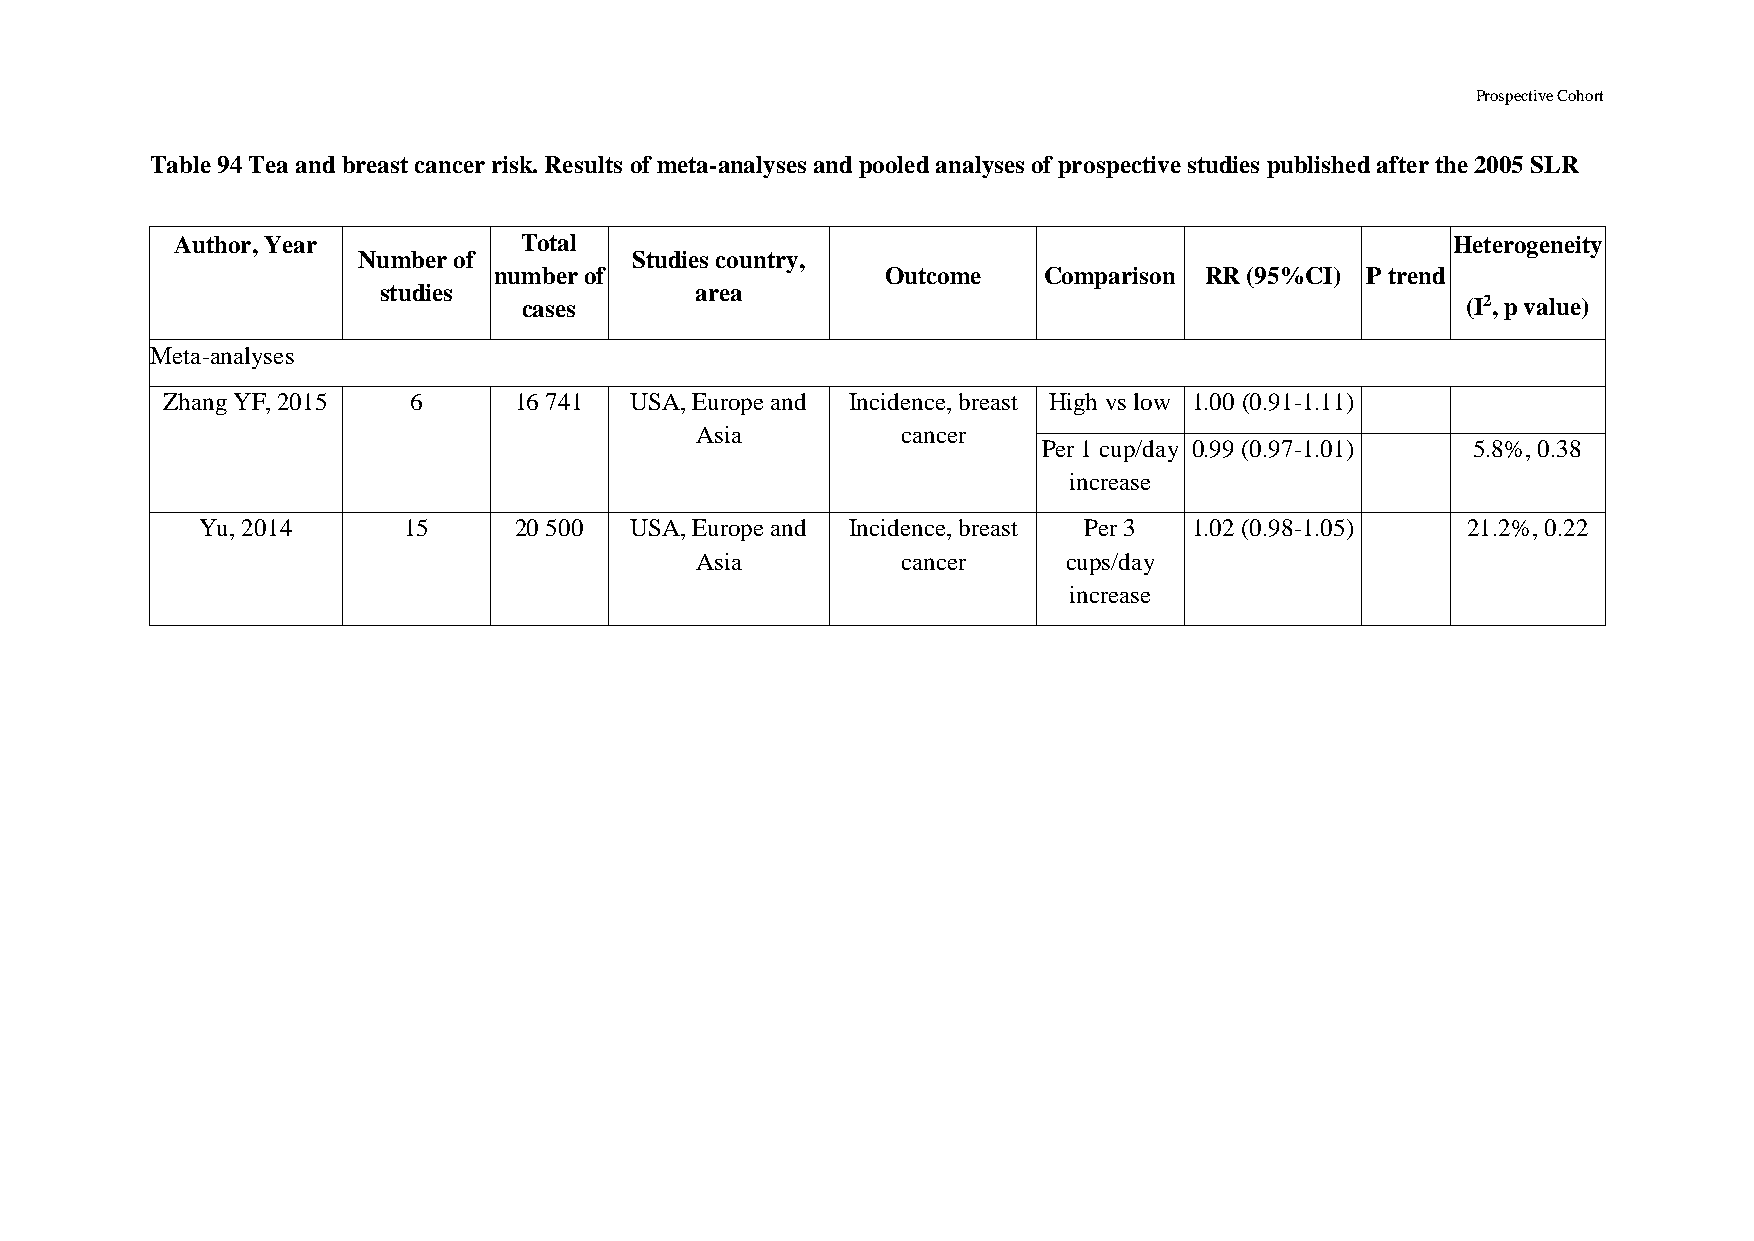
Prospective Cohort
 Table 94 Tea and breast cancer risk. Results of meta-analyses and pooled analyses of prospective studies published after the 2005 SLR
 Author, Year          Total                                                         Heterogeneity
 Number of         Studies country,
 number of                 Outcome   Comparison RR (95%CI) P trend
 studies              area
 cases                                                         (I2, p value)
 Meta-analyses
 Zhang YF, 2015  6      16 741  USA, Europe and Incidence, breast High vs low 1.00 (0.91-1.11)
 Asia          cancer
 Per 1 cup/day 0.99 (0.97-1.01) 5.8%, 0.38
 increase
 Yu, 2014      15     20 500  USA, Europe and Incidence, breast Per 3 1.02 (0.98-1.05) 21.2%, 0.22
 Asia          cancer     cups/day
 increase